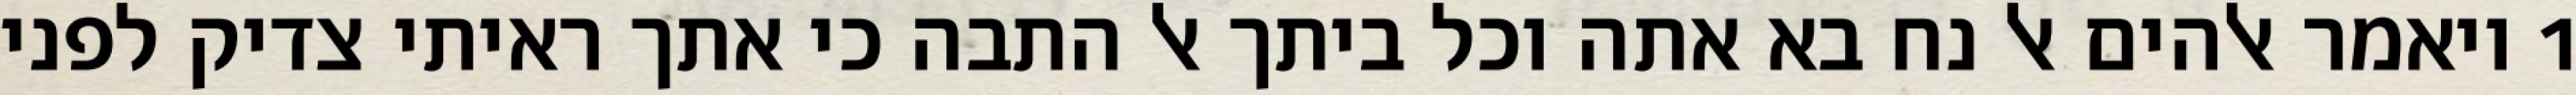
1 ויאמר אלהים אל נח בא אתה וכל ביתך אל התבה כי אתך ראיתי צדיק לפני